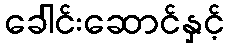
ခေါင်းဆောင်နှင့်